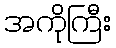
အကိုကြီး